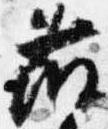
藤